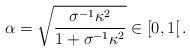
LaTeX: \begin{align*}\alpha = \sqrt{\frac{\sigma^{-1}\kappa^2}{1+\sigma^{-1}\kappa^2}} \in\left[0,1\right[. \end{align*}